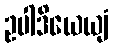
ဥပါဒိယေယျံ